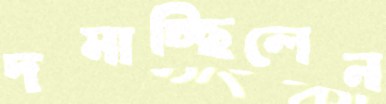
দমাচ্ছিলেন